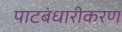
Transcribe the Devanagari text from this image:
पाटबंधारीकरण